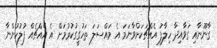
ގާނޫނާއި ގަވާއިދާ ހިލާފު އެއްޗަކަށްވާނަމަ އެ މައްސަލަ ތަހުގީގުކުރުމަށް އެ އެއްޗެއް ފުލުހުންނާ